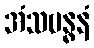
အံသဗန္ဓနံ